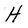
Character: H